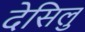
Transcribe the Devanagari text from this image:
देसिलु